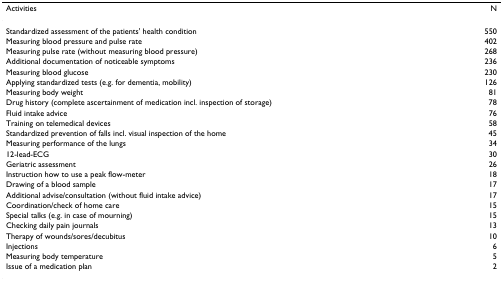
<table><thead><tr><td><b>Activities</b></td><td><b>N</b></td></tr></thead><tbody><tr><td>Standardized assessment of the patients&#x27; health condition</td><td>550</td></tr><tr><td>Measuring blood pressure and pulse rate</td><td>402</td></tr><tr><td>Measuring pulse rate (without measuring blood pressure)</td><td>268</td></tr><tr><td>Additional documentation of noticeable symptoms</td><td>236</td></tr><tr><td>Measuring blood glucose</td><td>230</td></tr><tr><td>Applying standardized tests (e.g. for dementia, mobility)</td><td>126</td></tr><tr><td>Measuring body weight</td><td>81</td></tr><tr><td>Drug history (complete ascertainment of medication incl. inspection of storage)</td><td>78</td></tr><tr><td>Fluid intake advice</td><td>76</td></tr><tr><td>Training on telemedical devices</td><td>58</td></tr><tr><td>Standardized prevention of falls incl. visual inspection of the home</td><td>45</td></tr><tr><td>Measuring performance of the lungs</td><td>34</td></tr><tr><td>12-lead-ECG</td><td>30</td></tr><tr><td>Geriatric assessment</td><td>26</td></tr><tr><td>Instruction how to use a peak flow-meter</td><td>18</td></tr><tr><td>Drawing of a blood sample</td><td>17</td></tr><tr><td>Additional advise/consultation (without fluid intake advice)</td><td>17</td></tr><tr><td>Coordination/check of home care</td><td>15</td></tr><tr><td>Special talks (e.g. in case of mourning)</td><td>15</td></tr><tr><td>Checking daily pain journals</td><td>13</td></tr><tr><td>Therapy of wounds/sores/decubitus</td><td>10</td></tr><tr><td>Injections</td><td>6</td></tr><tr><td>Measuring body temperature</td><td>5</td></tr><tr><td>Issue of a medication plan</td><td>2</td></tr></tbody></table>